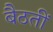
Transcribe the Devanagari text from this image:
बैठतीं